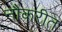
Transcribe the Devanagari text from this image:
नौकरीत